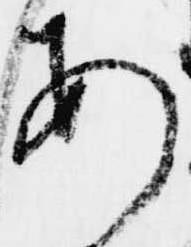
あ